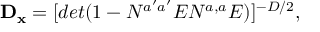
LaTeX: { \bf D _ { x } } = [ d e t ( 1 - N ^ { a ^ { \prime } a ^ { \prime } } E N ^ { a , a } E ) ] ^ { - D / 2 } , \, \,